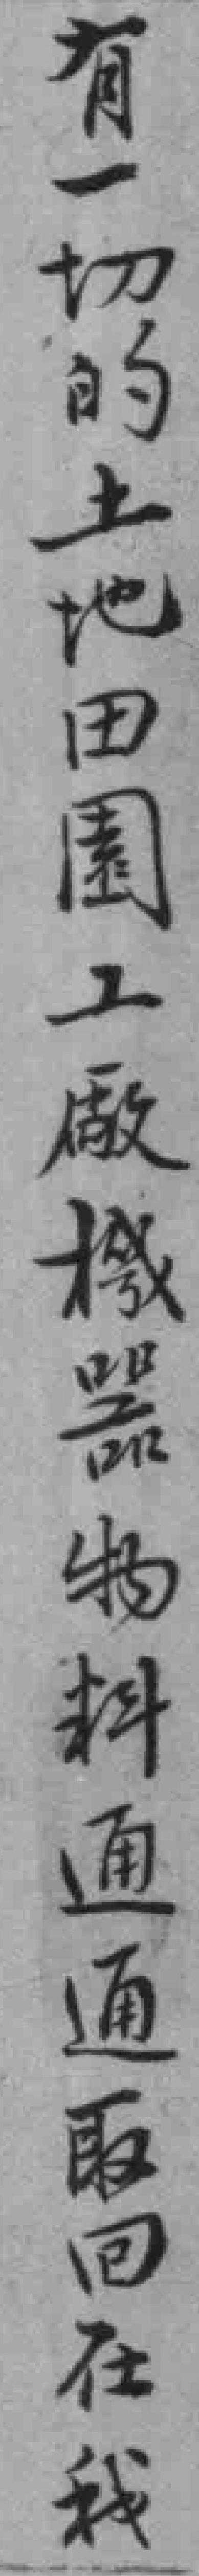
有一切的土地田園工廠機器物料通通取回在我